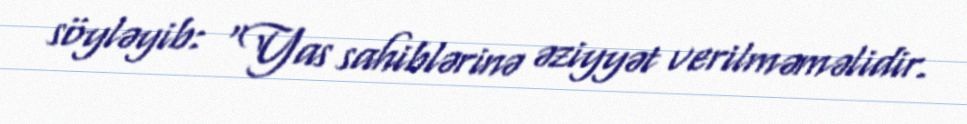
söyləyib: “Yas sahiblərinə əziyyət verilməməlidir.